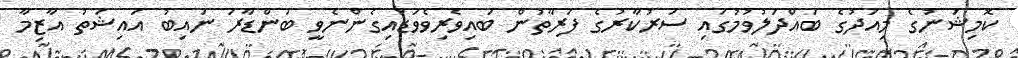
ކޮމިޝަނުގެ މިއަދުގެ ބައްދަލުވުމުގައި ސަރުކާރުގެ ފަރާތުން ބައިވެރިވެވަޑައިގެންނެވީ ބަންޑާރަ ނައިބު އައިޝަތު އާޒިމާ